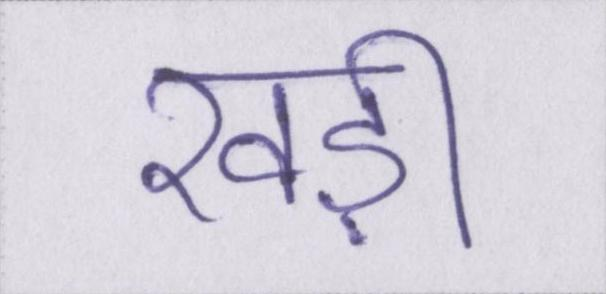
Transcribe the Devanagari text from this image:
खड़ी